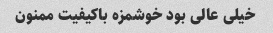
خیلی عالی بود خوشمزه باکیفیت ممنون